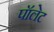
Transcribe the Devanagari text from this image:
पॉलेट